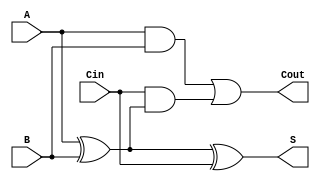
module FullAdder (
    input wire A,      // First input bit
    input wire B,      // Second input bit
    input wire Cin,    // Carry-in bit
    output wire S,     // Sum output
    output wire Cout   // Carry-out output
);

// Internal wire for intermediate XOR result
wire AxorB;

// Compute the sum using XOR gates
assign AxorB = A ^ B; // A XOR B
assign S = AxorB ^ Cin; // (A XOR B) XOR Cin

// Compute the carry-out using AND and OR gates
assign Cout = (A & B) | (Cin & AxorB); // (A AND B) OR (Cin AND (A XOR B))

endmodule